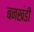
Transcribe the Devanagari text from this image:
बनखंडी